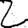
Digit: 2